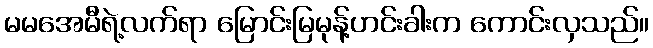
မမအေမီရဲ့လက်ရာ မြောင်းမြမုန့်ဟင်းခါးက ကောင်းလှသည်။